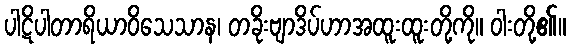
ပါဋိပါတာရိယာဝိသေသာန၊ တခိုးဗျာဒိပ်ဟာအထူးထူးတို့ကို။ ဝါးတို့၏။